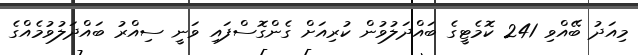
މިއަދު ބޭއްވި 241 ކޮމެޓީގެ ބައްދަލުވުން ކުރިއަށް ގެންގޮސްފައި ވަނީ ސިއްރު ބައްދަލުވުމެއްގެ